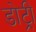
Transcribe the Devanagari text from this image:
डोट्री